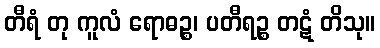
တီရံ တု ကူလံ ရောဓဉ္စ၊ ပတီရဉ္စ တဋံ တိသု။